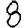
Digit: 8